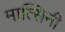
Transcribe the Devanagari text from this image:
मात्सिनी